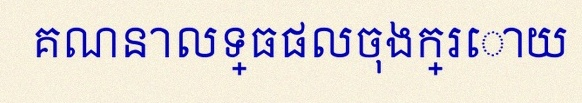
គណនាលទ្ធផលចុងក្រោយ